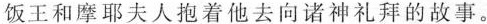
饭王和摩耶夫人抱着他去向诸神礼拜的故事。